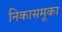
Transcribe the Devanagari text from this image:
निकासमूका